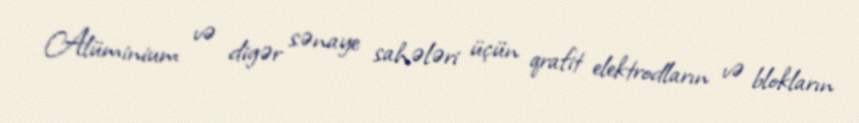
Alüminium və digər sənaye sahələri üçün qrafit elektrodların və blokların